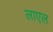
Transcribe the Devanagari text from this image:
लाएल